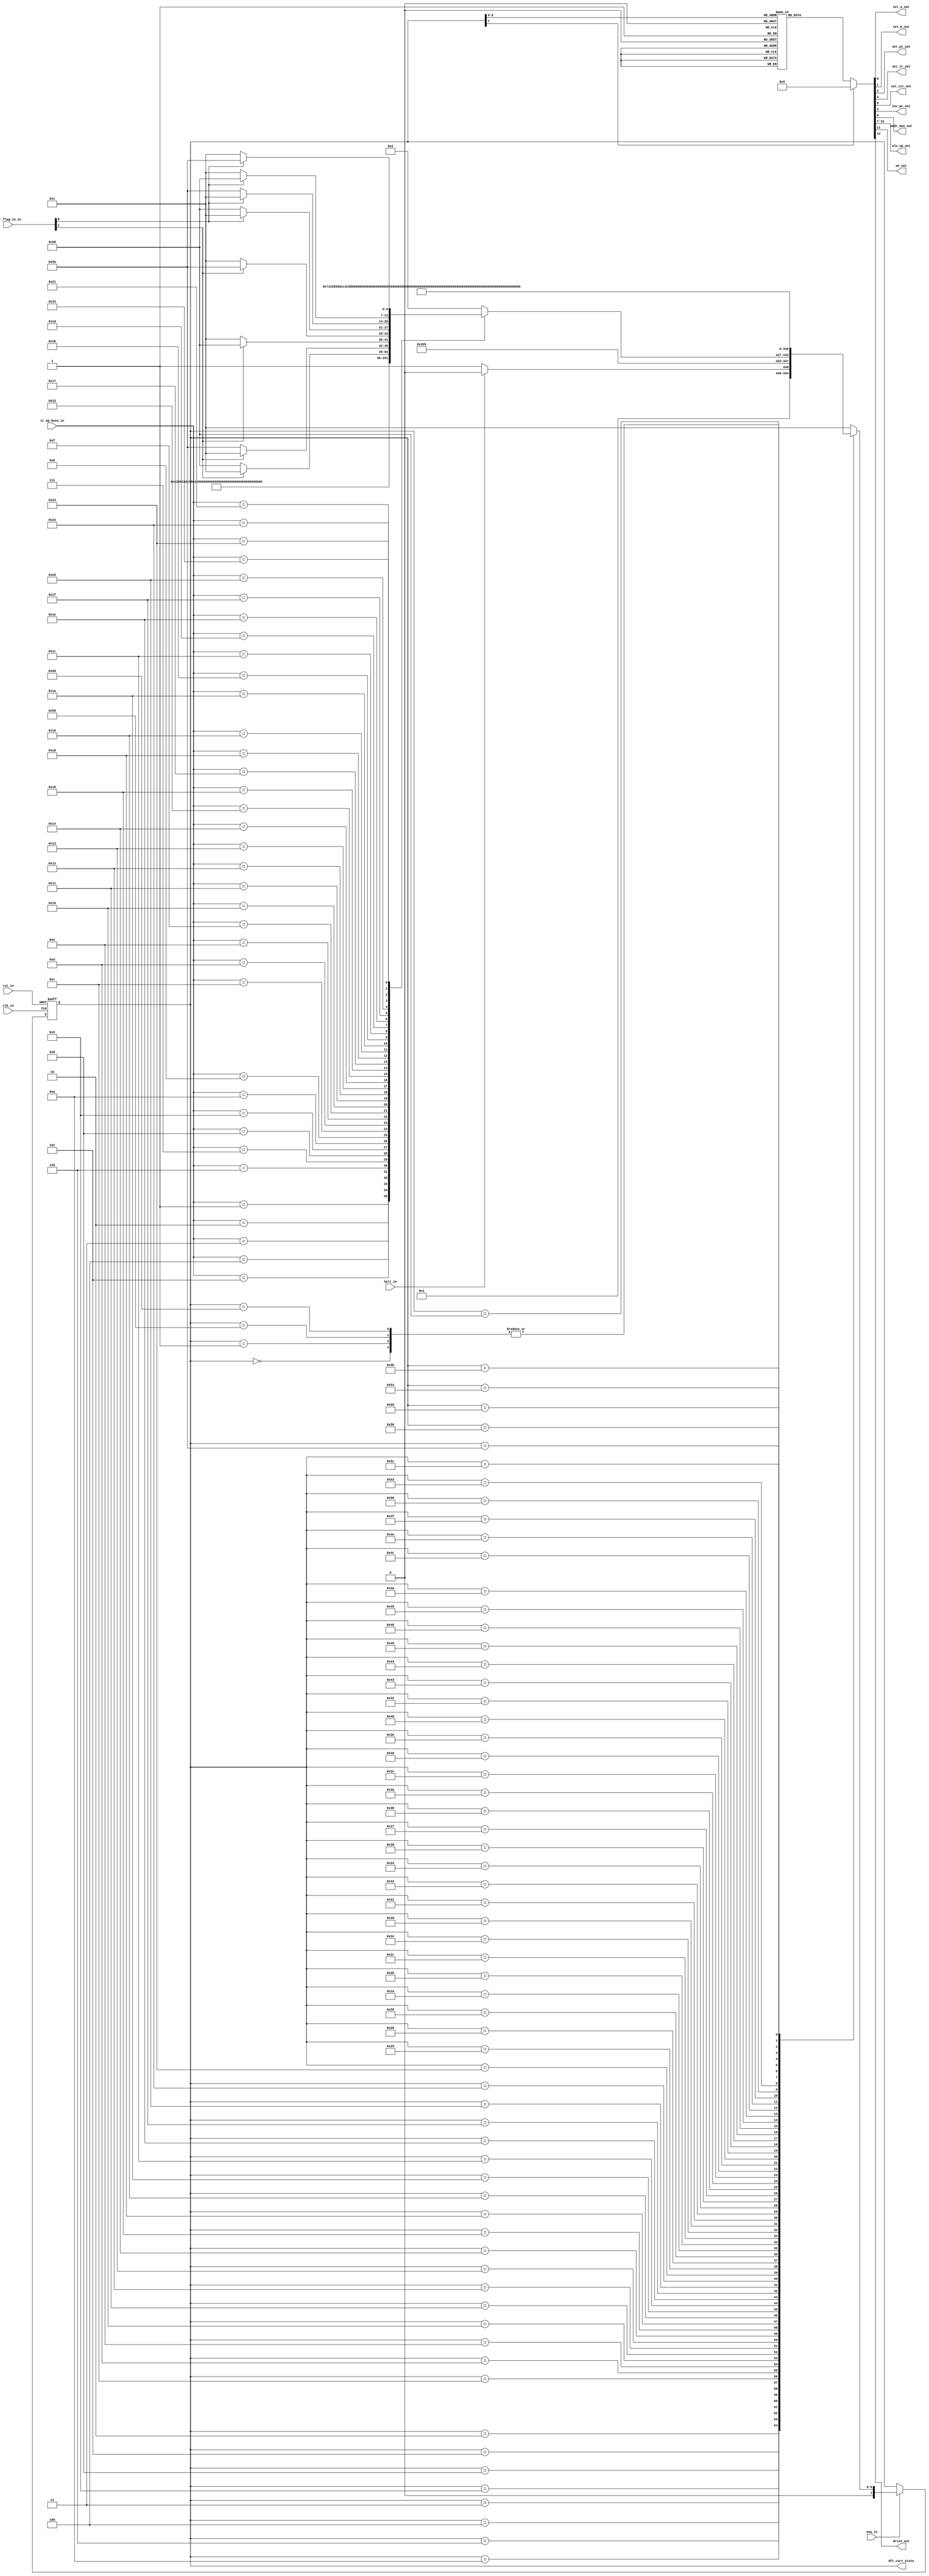
/*
 * Copyright (c) 2024 Zachary Frazee
 * SPDX-License-Identifier: Apache-2.0
 */

//---------------------------------
//Control Unit
//---------------------------------
module minibyte_cu(
    //Basic Inputs
    input  wire       clk_in, ena_in, rst_in,
    input  wire       halt_in,

    //IR Input
    input  wire [7:0] ir_op_buss_in,

    //ALU Flags Input
    input  wire [1:0] ccr_flag_zn_in,

    //Control signal outputs
    output reg        set_a_out,
    output reg        set_m_out,
    output reg        set_pc_out,
    output reg        set_ir_out,
    output reg        set_ccr_out,
    output reg        inc_pc_out,

    //Addr select signals
    output reg        addr_mux_out,

    //Alu control signals
    output reg [3:0]  alu_op_out,

    //Write to memory
    output reg        we_out,

    //Drive enable on data bus
    output reg        drive_out,

    //DFT Output
    output reg  [7:0] dft_curr_state
);

    //State machine memory
    //--------------------------
    reg [7:0] curr_state, next_state;

    //CPU IR opcodes
    //--------------------------
    parameter IR_NOP     = 8'h00;
    parameter IR_LDA_IMM = 8'h01;
    parameter IR_LDA_DIR = 8'h02;
    parameter IR_STA_DIR = 8'h03;
    parameter IR_STA_IND = 8'h04;
    parameter IR_ADD_IMM = 8'h05;
    parameter IR_ADD_DIR = 8'h06;
    parameter IR_SUB_IMM = 8'h07;
    parameter IR_SUB_DIR = 8'h08;
    parameter IR_AND_IMM = 8'h09;
    parameter IR_AND_DIR = 8'h0A;
    parameter IR_OR_IMM  = 8'h0B;
    parameter IR_OR_DIR  = 8'h0C;
    parameter IR_XOR_IMM = 8'h0D;
    parameter IR_XOR_DIR = 8'h0E;
    parameter IR_LSL_IMM = 8'h0F;
    parameter IR_LSL_DIR = 8'h10;
    parameter IR_LSR_IMM = 8'h11;
    parameter IR_LSR_DIR = 8'h12;
    parameter IR_ASL_IMM = 8'h13;
    parameter IR_ASL_DIR = 8'h14;
    parameter IR_ASR_IMM = 8'h15;
    parameter IR_ASR_DIR = 8'h16;
    parameter IR_RSL_IMM = 8'h17;
    parameter IR_RSL_DIR = 8'h18;
    parameter IR_RSR_IMM = 8'h19;
    parameter IR_RSR_DIR = 8'h1A;
    parameter IR_JMP_DIR = 8'h1B;
    parameter IR_JMP_IND = 8'h1C;
    parameter IR_BNE_DIR = 8'h1D;
    parameter IR_BNE_IND = 8'h1E;
    parameter IR_BEQ_DIR = 8'h1F;
    parameter IR_BEQ_IND = 8'h20;
    parameter IR_BPL_DIR = 8'h21;
    parameter IR_BPL_IND = 8'h22;
    parameter IR_BMI_DIR = 8'h23;
    parameter IR_BMI_IND = 8'h24;

    //State machine opcodes
    //--------------------------
    parameter S_RESET_0   = 8'h00;
    parameter S_PC_INC_0  = 8'h01;
    parameter S_FETCH_0   = 8'h02;
    parameter S_FETCH_1   = 8'h03;
    parameter S_FETCH_2   = 8'h04;
    parameter S_DECODE_0  = 8'h05;
    parameter S_LDA_IMM_0 = 8'h06;
    parameter S_LDA_IMM_1 = 8'h07;
    parameter S_LDA_DIR_0 = 8'h08;
    parameter S_LDA_DIR_1 = 8'h09;
    parameter S_LDA_DIR_2 = 8'h0A;
    parameter S_LDA_DIR_3 = 8'h0B;
    parameter S_STA_DIR_0 = 8'h0C;
    parameter S_STA_DIR_1 = 8'h0D;
    parameter S_STA_DIR_2 = 8'h0E;
    parameter S_STA_DIR_3 = 8'h0F;
    parameter S_STA_IND_0 = 8'h10;
    parameter S_STA_IND_1 = 8'h11;
    parameter S_STA_IND_2 = 8'h12;
    parameter S_STA_IND_3 = 8'h13;
    parameter S_STA_IND_4 = 8'h14;
    parameter S_STA_IND_5 = 8'h15;
    parameter S_ADD_IMM_0 = 8'h16;
    parameter S_ADD_IMM_1 = 8'h17;
    parameter S_ADD_DIR_0 = 8'h18;
    parameter S_ADD_DIR_1 = 8'h19;
    parameter S_ADD_DIR_2 = 8'h1A;
    parameter S_ADD_DIR_3 = 8'h1B;
    parameter S_SUB_IMM_0 = 8'h1C;
    parameter S_SUB_IMM_1 = 8'h1D;
    parameter S_SUB_DIR_0 = 8'h1E;
    parameter S_SUB_DIR_1 = 8'h1F;
    parameter S_SUB_DIR_2 = 8'h20;
    parameter S_SUB_DIR_3 = 8'h21;
    parameter S_AND_IMM_0 = 8'h22;
    parameter S_AND_IMM_1 = 8'h23;
    parameter S_AND_DIR_0 = 8'h24;
    parameter S_AND_DIR_1 = 8'h25;
    parameter S_AND_DIR_2 = 8'h26;
    parameter S_AND_DIR_3 = 8'h27;
    parameter S_OR_IMM_0  = 8'h28;
    parameter S_OR_IMM_1  = 8'h29;
    parameter S_OR_DIR_0  = 8'h2A;
    parameter S_OR_DIR_1  = 8'h2B;
    parameter S_OR_DIR_2  = 8'h2C;
    parameter S_OR_DIR_3  = 8'h2D;
    parameter S_XOR_IMM_0 = 8'h2E;
    parameter S_XOR_IMM_1 = 8'h2F;
    parameter S_XOR_DIR_0 = 8'h30;
    parameter S_XOR_DIR_1 = 8'h31;
    parameter S_XOR_DIR_2 = 8'h32;
    parameter S_XOR_DIR_3 = 8'h33;
    parameter S_LSL_IMM_0 = 8'h34;
    parameter S_LSL_IMM_1 = 8'h35;
    parameter S_LSL_DIR_0 = 8'h36;
    parameter S_LSL_DIR_1 = 8'h37;
    parameter S_LSL_DIR_2 = 8'h38;
    parameter S_LSL_DIR_3 = 8'h39;
    parameter S_LSR_IMM_0 = 8'h3A;
    parameter S_LSR_IMM_1 = 8'h3B;
    parameter S_LSR_DIR_0 = 8'h3C;
    parameter S_LSR_DIR_1 = 8'h3D;
    parameter S_LSR_DIR_2 = 8'h3E;
    parameter S_LSR_DIR_3 = 8'h3F;
    parameter S_ASL_IMM_0 = 8'h40;
    parameter S_ASL_IMM_1 = 8'h41;
    parameter S_ASL_DIR_0 = 8'h42;
    parameter S_ASL_DIR_1 = 8'h43;
    parameter S_ASL_DIR_2 = 8'h44;
    parameter S_ASL_DIR_3 = 8'h45;
    parameter S_ASR_IMM_0 = 8'h46;
    parameter S_ASR_IMM_1 = 8'h47;
    parameter S_ASR_DIR_0 = 8'h48;
    parameter S_ASR_DIR_1 = 8'h49;
    parameter S_ASR_DIR_2 = 8'h4A;
    parameter S_ASR_DIR_3 = 8'h4B;
    parameter S_RSL_IMM_0 = 8'h4C;
    parameter S_RSL_IMM_1 = 8'h4D;
    parameter S_RSL_DIR_0 = 8'h4E;
    parameter S_RSL_DIR_1 = 8'h4F;
    parameter S_RSL_DIR_2 = 8'h50;
    parameter S_RSL_DIR_3 = 8'h51;
    parameter S_RSR_IMM_0 = 8'h52;
    parameter S_RSR_IMM_1 = 8'h53;
    parameter S_RSR_DIR_0 = 8'h54;
    parameter S_RSR_DIR_1 = 8'h55;
    parameter S_RSR_DIR_2 = 8'h56;
    parameter S_RSR_DIR_3 = 8'h57;
    parameter S_JMP_DIR_0 = 8'h58;
    parameter S_JMP_DIR_1 = 8'h59;
    parameter S_JMP_IND_0 = 8'h5A;
    parameter S_JMP_IND_1 = 8'h5B;
    parameter S_JMP_IND_2 = 8'h5C;
    parameter S_JMP_IND_3 = 8'h5D;

    //--------------------------
    //ALU OPS
    //--------------------------
    parameter OP_ALU_PASSA = 4'b0000;
    parameter OP_ALU_PASSB = 4'b0001;
    parameter OP_ALU_ADD   = 4'b0010;
    parameter OP_ALU_SUB   = 4'b0011;
    parameter OP_ALU_AND   = 4'b0100;
    parameter OP_ALU_OR    = 4'b0101;
    parameter OP_ALU_XOR   = 4'b0110;
    parameter OP_ALU_LSL   = 4'b0111;
    parameter OP_ALU_LSR   = 4'b1000;
    parameter OP_ALU_ASL   = 4'b1001;
    parameter OP_ALU_ASR   = 4'b1010;
    parameter OP_ALU_RSL   = 4'b1011;
    parameter OP_ALU_RSR   = 4'b1100;

    //State memory block
    //--------------------------
    always @ (posedge clk_in or negedge rst_in) begin
        //Reset to S_RESET_0 on reset
        if(!rst_in)
            curr_state <= S_RESET_0;

        //Dont move states if enable is low
        else if(!ena_in)
            curr_state <= curr_state;

        //Otherwise go to next state on every clk
        else
            curr_state <= next_state;
    end


    //Output logic
    //--------------------------
    always @ (curr_state) begin
        case(curr_state)

            //Reset sequence
            //-----

            //Do nothing until the next state
            S_RESET_0: begin
                //Dont set or inc any registers
                set_a_out    = 0;
                set_m_out    = 0;
                set_pc_out   = 0;
                inc_pc_out   = 0;
                set_ir_out   = 0;
                set_ccr_out  = 0;

                //PC selected
                addr_mux_out = 0;

                //ALU dont care
                alu_op_out   = 0;

                //Dont write or drive
                we_out       = 0;
                drive_out    = 0;
            end

            //PC Increment
            //-----

            //Increment PC
            S_PC_INC_0: begin
                //Increment program counter
                set_a_out    = 0;
                set_m_out    = 0;
                set_pc_out   = 0;
                inc_pc_out   = 1;
                set_ir_out   = 0;
                set_ccr_out  = 0;

                //PC selected
                addr_mux_out = 0;

                //ALU dont care
                alu_op_out   = 0;

                //Dont write or drive
                we_out       = 0;
                drive_out    = 0;
            end

            //Fetch sequence
            //-----

            //Send PC addr out
            S_FETCH_0: begin
                //Dont set or inc any registers
                set_a_out    = 0;
                set_m_out    = 0;
                set_pc_out   = 0;
                inc_pc_out   = 0;
                set_ir_out   = 0;
                set_ccr_out  = 0;

                //PC selected
                addr_mux_out = 0;

                //B (mem input) passthrough to main bus
                alu_op_out   = OP_ALU_PASSB;

                //Dont write or drive
                we_out       = 0;
                drive_out    = 0;
            end

            //Load IR from memory
            S_FETCH_1: begin
                //Set IR Reg
                set_a_out    = 0;
                set_m_out    = 0;
                set_pc_out   = 0;
                inc_pc_out   = 0;
                set_ir_out   = 1;
                set_ccr_out  = 0;

                //PC selected
                addr_mux_out = 0;

                //B (mem input) passthrough to main bus
                alu_op_out   = OP_ALU_PASSB;

                //Dont write or drive
                we_out       = 0;
                drive_out    = 0;
            end

            //Inc PC now that IR is loaded
            S_FETCH_2: begin
                //Inc PC
                set_a_out    = 0;
                set_m_out    = 0;
                set_pc_out   = 0;
                inc_pc_out   = 1;
                set_ir_out   = 0;
                set_ccr_out  = 0;

                //PC selected
                addr_mux_out = 0;

                //B (mem input) passthrough to main bus
                alu_op_out   = OP_ALU_PASSB;

                //Dont write or drive
                we_out       = 0;
                drive_out    = 0;
            end

            //Decode sequence
            //-----

            //Do nothing until the next state
            S_DECODE_0: begin
                //Dont set or inc any registers
                set_a_out    = 0;
                set_m_out    = 0;
                set_pc_out   = 0;
                inc_pc_out   = 0;
                set_ir_out   = 0;
                set_ccr_out  = 0;

                //PC selected
                addr_mux_out = 0;

                //ALU dont care
                alu_op_out   = 0;

                //Dont write or drive
                we_out       = 0;
                drive_out    = 0;
            end

            //LDA_IMM sequence
            //-----

            //Pass incoming data from memory to the main buss
            S_LDA_IMM_0: begin
                //Dont set or inc any registers
                set_a_out    = 0;
                set_m_out    = 0;
                set_pc_out   = 0;
                inc_pc_out   = 0;
                set_ir_out   = 0;
                set_ccr_out  = 0;

                //PC selected
                addr_mux_out = 0;

                //B (mem input) passthrough to main bus
                alu_op_out   = OP_ALU_PASSB;

                //Dont write or drive
                we_out       = 0;
                drive_out    = 0;
            end

            //Latch data to A
            S_LDA_IMM_1: begin
                //Latch A
                set_a_out    = 1;
                set_m_out    = 0;
                set_pc_out   = 0;
                inc_pc_out   = 0;
                set_ir_out   = 0;
                set_ccr_out  = 0;

                //PC selected
                addr_mux_out = 0;

                //B (mem input) passthrough to main bus
                alu_op_out   = OP_ALU_PASSB;

                //Dont write or drive
                we_out       = 0;
                drive_out    = 0;
            end

            //LDA_DIR sequence
            //-----

            //Pass incoming data from memory to the main buss
            S_LDA_DIR_0: begin
                //Dont set or inc any registers
                set_a_out    = 0;
                set_m_out    = 0;
                set_pc_out   = 0;
                inc_pc_out   = 0;
                set_ir_out   = 0;
                set_ccr_out  = 0;

                //PC selected
                addr_mux_out = 0;

                //B (mem input) passthrough to main bus
                alu_op_out   = OP_ALU_PASSB;

                //Dont write or drive
                we_out       = 0;
                drive_out    = 0;
            end

            //Latch data to M
            S_LDA_DIR_1: begin
                //Latch M
                set_a_out    = 0;
                set_m_out    = 1;
                set_pc_out   = 0;
                inc_pc_out   = 0;
                set_ir_out   = 0;
                set_ccr_out  = 0;

                //PC selected
                addr_mux_out = 0;

                //B (mem input) passthrough to main bus
                alu_op_out   = OP_ALU_PASSB;

                //Dont write or drive
                we_out       = 0;
                drive_out    = 0;
            end

            //Set addr out to M
            S_LDA_DIR_2: begin
                //Dont set or inc any registers
                set_a_out    = 0;
                set_m_out    = 0;
                set_pc_out   = 0;
                inc_pc_out   = 0;
                set_ir_out   = 0;
                set_ccr_out  = 0;

                //M selected
                addr_mux_out = 1;

                //B (mem input) passthrough to main bus
                alu_op_out   = OP_ALU_PASSB;

                //Dont write or drive
                we_out       = 0;
                drive_out    = 0;
            end

            //Latch data to A
            S_LDA_DIR_3: begin
                //Latch A
                set_a_out    = 1;
                set_m_out    = 0;
                set_pc_out   = 0;
                inc_pc_out   = 0;
                set_ir_out   = 0;
                set_ccr_out  = 0;

                //M selected
                addr_mux_out = 1;

                //B (mem input) passthrough to main bus
                alu_op_out   = OP_ALU_PASSB;

                //Dont write or drive
                we_out       = 0;
                drive_out    = 0;
            end

            //STA_DIR sequence
            //-----

            //Pass incoming data from memory to the main buss
            S_STA_DIR_0: begin
                //Dont set or inc any registers
                set_a_out    = 0;
                set_m_out    = 0;
                set_pc_out   = 0;
                inc_pc_out   = 0;
                set_ir_out   = 0;
                set_ccr_out  = 0;

                //PC selected
                addr_mux_out = 0;

                //B (mem input) passthrough to main bus
                alu_op_out   = OP_ALU_PASSB;

                //Dont write or drive
                we_out       = 0;
                drive_out    = 0;
            end

            //Latch data to M
            S_STA_DIR_1: begin
                //Latch M
                set_a_out    = 0;
                set_m_out    = 1;
                set_pc_out   = 0;
                inc_pc_out   = 0;
                set_ir_out   = 0;
                set_ccr_out  = 0;

                //PC selected
                addr_mux_out = 0;

                //B (mem input) passthrough to main bus
                alu_op_out   = OP_ALU_PASSB;

                //Dont write or drive
                we_out       = 0;
                drive_out    = 0;
            end

            //Set address and WE, also prepare A data on the main buss
            S_STA_DIR_2: begin
                //Dont set or inc any registers
                set_a_out    = 0;
                set_m_out    = 0;
                set_pc_out   = 0;
                inc_pc_out   = 0;
                set_ir_out   = 0;
                set_ccr_out  = 0;

                //M selected
                addr_mux_out = 1;

                //A (A input) passthrough to main bus
                alu_op_out   = OP_ALU_PASSA;

                //Set WE so that the receiving device is ready for us to drive data
                we_out       = 1;
                drive_out    = 0;
            end

            //Drive the data out
            S_STA_DIR_3: begin
                //Dont set or inc any registers
                set_a_out    = 0;
                set_m_out    = 0;
                set_pc_out   = 0;
                inc_pc_out   = 0;
                set_ir_out   = 0;
                set_ccr_out  = 0;

                //M selected
                addr_mux_out = 1;

                //A (A input) passthrough to main bus
                alu_op_out   = OP_ALU_PASSA;

                //Drive out A data
                we_out       = 1;
                drive_out    = 1;
            end

            //STA_IND sequence
            //-----

            //Pass incoming data from memory to the main buss
            S_STA_IND_0: begin
                //Dont set or inc any registers
                set_a_out    = 0;
                set_m_out    = 0;
                set_pc_out   = 0;
                inc_pc_out   = 0;
                set_ir_out   = 0;
                set_ccr_out  = 0;

                //PC selected
                addr_mux_out = 0;

                //B (mem input) passthrough to main bus
                alu_op_out   = OP_ALU_PASSB;

                //Dont write or drive
                we_out       = 0;
                drive_out    = 0;
            end

            //Latch data to M
            S_STA_IND_1: begin
                //Latch M
                set_a_out    = 0;
                set_m_out    = 1;
                set_pc_out   = 0;
                inc_pc_out   = 0;
                set_ir_out   = 0;
                set_ccr_out  = 0;

                //PC selected
                addr_mux_out = 0;

                //B (mem input) passthrough to main bus
                alu_op_out   = OP_ALU_PASSB;

                //Dont write or drive
                we_out       = 0;
                drive_out    = 0;
            end


            //Fetch data located at this address
            S_STA_IND_2: begin
                //Latch M
                set_a_out    = 0;
                set_m_out    = 0;
                set_pc_out   = 0;
                inc_pc_out   = 0;
                set_ir_out   = 0;
                set_ccr_out  = 0;

                //M selected
                addr_mux_out = 1;

                //B (mem input) passthrough to main bus
                alu_op_out   = OP_ALU_PASSB;

                //Dont write or drive
                we_out       = 0;
                drive_out    = 0;
            end

            //Latch data to M
            S_STA_IND_3: begin
                //Latch M
                set_a_out    = 0;
                set_m_out    = 1;
                set_pc_out   = 0;
                inc_pc_out   = 0;
                set_ir_out   = 0;
                set_ccr_out  = 0;

                //M selected
                addr_mux_out = 1;

                //B (mem input) passthrough to main bus
                alu_op_out   = OP_ALU_PASSB;

                //Dont write or drive
                we_out       = 0;
                drive_out    = 0;
            end

            //Set address and WE, also prepare A data on the main buss
            S_STA_IND_4: begin
                //Dont set or inc any registers
                set_a_out    = 0;
                set_m_out    = 0;
                set_pc_out   = 0;
                inc_pc_out   = 0;
                set_ir_out   = 0;
                set_ccr_out  = 0;

                //M selected
                addr_mux_out = 1;

                //A (A input) passthrough to main bus
                alu_op_out   = OP_ALU_PASSA;

                //Set WE so that the receiving device is ready for us to drive data
                we_out       = 1;
                drive_out    = 0;
            end

            //Drive the data out
            S_STA_IND_5: begin
                //Dont set or inc any registers
                set_a_out    = 0;
                set_m_out    = 0;
                set_pc_out   = 0;
                inc_pc_out   = 0;
                set_ir_out   = 0;
                set_ccr_out  = 0;

                //M selected
                addr_mux_out = 1;

                //A (A input) passthrough to main bus
                alu_op_out   = OP_ALU_PASSA;

                //Drive out A data
                we_out       = 1;
                drive_out    = 1;
            end

            //ADD_IMM sequence
            //-----

            //Add the incoming data from the operand that the PC is pointing to
            S_ADD_IMM_0: begin
                //Dont set or inc any registers
                set_a_out    = 0;
                set_m_out    = 0;
                set_pc_out   = 0;
                inc_pc_out   = 0;
                set_ir_out   = 0;
                set_ccr_out  = 0;

                //PC selected
                addr_mux_out = 0;

                //ALU->Addition
                alu_op_out   = OP_ALU_ADD;

                //Dont write or drive
                we_out       = 0;
                drive_out    = 0;
            end

            //Latch data to A/CCR
            S_ADD_IMM_1: begin
                //Latch A and CCR
                set_a_out    = 1;
                set_m_out    = 0;
                set_pc_out   = 0;
                inc_pc_out   = 0;
                set_ir_out   = 0;
                set_ccr_out  = 1;

                //PC selected
                addr_mux_out = 0;

                //ALU->Addition
                alu_op_out   = OP_ALU_ADD;

                //Dont write or drive
                we_out       = 0;
                drive_out    = 0;
            end

            //ADD_DIR sequence
            //-----

            //Pass incoming data from memory to the main buss
            S_ADD_DIR_0: begin
                //Dont set or inc any registers
                set_a_out    = 0;
                set_m_out    = 0;
                set_pc_out   = 0;
                inc_pc_out   = 0;
                set_ir_out   = 0;
                set_ccr_out  = 0;

                //PC selected
                addr_mux_out = 0;

                //B (mem input) passthrough to main bus
                alu_op_out   = OP_ALU_PASSB;

                //Dont write
                we_out       = 0;
                drive_out    = 0;
            end

            //Latch data to M
            S_ADD_DIR_1: begin
                //Latch M
                set_a_out    = 0;
                set_m_out    = 1;
                set_pc_out   = 0;
                inc_pc_out   = 0;
                set_ir_out   = 0;
                set_ccr_out  = 0;

                //PC selected
                addr_mux_out = 0;

                //B (mem input) passthrough to main bus
                alu_op_out   = OP_ALU_PASSB;

                //Dont write or drive
                we_out       = 0;
                drive_out    = 0;
            end

            //Set addr out to M and prep to add incoming data
            S_ADD_DIR_2: begin
                //Dont set or inc any registers
                set_a_out    = 0;
                set_m_out    = 0;
                set_pc_out   = 0;
                inc_pc_out   = 0;
                set_ir_out   = 0;
                set_ccr_out  = 0;

                //M selected
                addr_mux_out = 1;

                //ALU->Addition
                alu_op_out   = OP_ALU_ADD;

                //Dont write or drive
                we_out       = 0;
                drive_out    = 0;
            end

            //Latch data to A/CCR
            S_ADD_DIR_3: begin
                //Latch A and CCR
                set_a_out    = 1;
                set_m_out    = 0;
                set_pc_out   = 0;
                inc_pc_out   = 0;
                set_ir_out   = 0;
                set_ccr_out  = 1;

                //M selected
                addr_mux_out = 1;

                //ALU->Addition
                alu_op_out   = OP_ALU_ADD;

                //Dont write or drive
                we_out       = 0;
                drive_out    = 0;
            end

            //SUB_IMM sequence
            //-----

            //Subtract the incoming data from the operand that the PC is pointing to
            S_SUB_IMM_0: begin
                //Dont set or inc any registers
                set_a_out    = 0;
                set_m_out    = 0;
                set_pc_out   = 0;
                inc_pc_out   = 0;
                set_ir_out   = 0;
                set_ccr_out  = 0;

                //PC selected
                addr_mux_out = 0;

                //ALU->Subtraction
                alu_op_out   = OP_ALU_SUB;

                //Dont write or drive
                we_out       = 0;
                drive_out    = 0;
            end

            //Latch data to A/CCR
            S_SUB_IMM_1: begin
                //Latch A and CCR
                set_a_out    = 1;
                set_m_out    = 0;
                set_pc_out   = 0;
                inc_pc_out   = 0;
                set_ir_out   = 0;
                set_ccr_out  = 1;

                //PC selected
                addr_mux_out = 0;

                //ALU->Subtraction
                alu_op_out   = OP_ALU_SUB;

                //Dont write or drive
                we_out       = 0;
                drive_out    = 0;
            end

            //SUB_DIR sequence
            //-----

            //Pass incoming data from memory to the main buss
            S_SUB_DIR_0: begin
                //Dont set or inc any registers
                set_a_out    = 0;
                set_m_out    = 0;
                set_pc_out   = 0;
                inc_pc_out   = 0;
                set_ir_out   = 0;
                set_ccr_out  = 0;

                //PC selected
                addr_mux_out = 0;

                //B (mem input) passthrough to main bus
                alu_op_out   = OP_ALU_PASSB;

                //Dont write or drive
                we_out       = 0;
                drive_out    = 0;
            end

            //Latch data to M
            S_SUB_DIR_1: begin
                //Latch M
                set_a_out    = 0;
                set_m_out    = 1;
                set_pc_out   = 0;
                inc_pc_out   = 0;
                set_ir_out   = 0;
                set_ccr_out  = 0;

                //PC selected
                addr_mux_out = 0;

                //B (mem input) passthrough to main bus
                alu_op_out   = OP_ALU_PASSB;

                //Dont write or drive
                we_out       = 0;
                drive_out    = 0;
            end

            //Set addr out to M and prep to subtract incoming data
            S_SUB_DIR_2: begin
                //Dont set or inc any registers
                set_a_out    = 0;
                set_m_out    = 0;
                set_pc_out   = 0;
                inc_pc_out   = 0;
                set_ir_out   = 0;
                set_ccr_out  = 0;

                //M selected
                addr_mux_out = 1;

                //ALU->Subtraction
                alu_op_out   = OP_ALU_SUB;

                //Dont write or drive
                we_out       = 0;
                drive_out    = 0;
            end

            //Latch data to A/CCR
            S_SUB_DIR_3: begin
                //Latch A and CCR
                set_a_out    = 1;
                set_m_out    = 0;
                set_pc_out   = 0;
                inc_pc_out   = 0;
                set_ir_out   = 0;
                set_ccr_out  = 1;

                //M selected
                addr_mux_out = 1;

                //ALU->Subtraction
                alu_op_out   = OP_ALU_SUB;

                //Dont write or drive
                we_out       = 0;
                drive_out    = 0;
            end

            //AND_IMM sequence
            //-----

            //And the incoming data from the operand that the PC is pointing to
            S_AND_IMM_0: begin
                //Dont set or inc any registers
                set_a_out    = 0;
                set_m_out    = 0;
                set_pc_out   = 0;
                inc_pc_out   = 0;
                set_ir_out   = 0;
                set_ccr_out  = 0;

                //PC selected
                addr_mux_out = 0;

                //ALU->Logical AND
                alu_op_out   = OP_ALU_AND;

                //Dont write or drive
                we_out       = 0;
                drive_out    = 0;
            end

            //Latch data to A/CCR
            S_AND_IMM_1: begin
                //Latch A and CCR
                set_a_out    = 1;
                set_m_out    = 0;
                set_pc_out   = 0;
                inc_pc_out   = 0;
                set_ir_out   = 0;
                set_ccr_out  = 1;

                //PC selected
                addr_mux_out = 0;

                //ALU->Logical AND
                alu_op_out   = OP_ALU_AND;

                //Dont write or drive
                we_out       = 0;
                drive_out    = 0;
            end

            //AND_DIR sequence
            //-----

            //Pass incoming data from memory to the main buss
            S_AND_DIR_0: begin
                //Dont set or inc any registers
                set_a_out    = 0;
                set_m_out    = 0;
                set_pc_out   = 0;
                inc_pc_out   = 0;
                set_ir_out   = 0;
                set_ccr_out  = 0;

                //PC selected
                addr_mux_out = 0;

                //B (mem input) passthrough to main bus
                alu_op_out   = OP_ALU_PASSB;

                //Dont write or drive
                we_out       = 0;
                drive_out    = 0;
            end

            //Latch data to M
            S_AND_DIR_1: begin
                //Latch M
                set_a_out    = 0;
                set_m_out    = 1;
                set_pc_out   = 0;
                inc_pc_out   = 0;
                set_ir_out   = 0;
                set_ccr_out  = 0;

                //PC selected
                addr_mux_out = 0;

                //B (mem input) passthrough to main bus
                alu_op_out   = OP_ALU_PASSB;

                //Dont write or drive
                we_out       = 0;
                drive_out    = 0;
            end

            //Set addr out to M and prep to AND incoming data
            S_AND_DIR_2: begin
                //Dont set or inc any registers
                set_a_out    = 0;
                set_m_out    = 0;
                set_pc_out   = 0;
                inc_pc_out   = 0;
                set_ir_out   = 0;
                set_ccr_out  = 0;

                //M selected
                addr_mux_out = 1;

                //ALU->Logical AND
                alu_op_out   = OP_ALU_AND;

                //Dont write or drive
                we_out       = 0;
                drive_out    = 0;
            end

            //Latch data to A/CCR
            S_AND_DIR_3: begin
                //Latch A and CCR
                set_a_out    = 1;
                set_m_out    = 0;
                set_pc_out   = 0;
                inc_pc_out   = 0;
                set_ir_out   = 0;
                set_ccr_out  = 1;

                //M selected
                addr_mux_out = 1;

                //ALU->Logical AND
                alu_op_out   = OP_ALU_AND;

                //Dont write or drive
                we_out       = 0;
                drive_out    = 0;
            end

            //OR_IMM sequence
            //-----

            //And the incoming data from the operand that the PC is pointing to
            S_OR_IMM_0: begin
                //Dont set or inc any registers
                set_a_out    = 0;
                set_m_out    = 0;
                set_pc_out   = 0;
                inc_pc_out   = 0;
                set_ir_out   = 0;
                set_ccr_out  = 0;

                //PC selected
                addr_mux_out = 0;

                //ALU->Logical OR
                alu_op_out   = OP_ALU_OR;

                //Dont write or drive
                we_out       = 0;
                drive_out    = 0;
            end

            //Latch data to A/CCR
            S_OR_IMM_1: begin
                //Latch A and CCR
                set_a_out    = 1;
                set_m_out    = 0;
                set_pc_out   = 0;
                inc_pc_out   = 0;
                set_ir_out   = 0;
                set_ccr_out  = 1;

                //PC selected
                addr_mux_out = 0;

                //ALU->Logical OR
                alu_op_out   = OP_ALU_OR;

                //Dont write or drive
                we_out       = 0;
                drive_out    = 0;
            end

            //OR_DIR sequence
            //-----

            //Pass incoming data from memory to the main buss
            S_OR_DIR_0: begin
                //Dont set or inc any registers
                set_a_out    = 0;
                set_m_out    = 0;
                set_pc_out   = 0;
                inc_pc_out   = 0;
                set_ir_out   = 0;
                set_ccr_out  = 0;

                //PC selected
                addr_mux_out = 0;

                //B (mem input) passthrough to main bus
                alu_op_out   = OP_ALU_PASSB;

                //Dont write or drive
                we_out       = 0;
                drive_out    = 0;
            end

            //Latch data to M
            S_OR_DIR_1: begin
                //Latch M
                set_a_out    = 0;
                set_m_out    = 1;
                set_pc_out   = 0;
                inc_pc_out   = 0;
                set_ir_out   = 0;
                set_ccr_out  = 0;

                //PC selected
                addr_mux_out = 0;

                //B (mem input) passthrough to main bus
                alu_op_out   = OP_ALU_PASSB;

                //Dont write or drive
                we_out       = 0;
                drive_out    = 0;
            end

            //Set addr out to M and prep to OR incoming data
            S_OR_DIR_2: begin
                //Dont set or inc any registers
                set_a_out    = 0;
                set_m_out    = 0;
                set_pc_out   = 0;
                inc_pc_out   = 0;
                set_ir_out   = 0;
                set_ccr_out  = 0;

                //M selected
                addr_mux_out = 1;

                //ALU->Logical OR
                alu_op_out   = OP_ALU_OR;

                //Dont write or drive
                we_out       = 0;
                drive_out    = 0;
            end

            //Latch data to A/CCR
            S_OR_DIR_3: begin
                //Latch A and CCR
                set_a_out    = 1;
                set_m_out    = 0;
                set_pc_out   = 0;
                inc_pc_out   = 0;
                set_ir_out   = 0;
                set_ccr_out  = 1;

                //M selected
                addr_mux_out = 1;

                //ALU->Logical OR
                alu_op_out   = OP_ALU_OR;

                //Dont write or drive
                we_out       = 0;
                drive_out    = 0;
            end

            //XOR_IMM sequence
            //-----

            //And the incoming data from the operand that the PC is pointing to
            S_XOR_IMM_0: begin
                //Dont set or inc any registers
                set_a_out    = 0;
                set_m_out    = 0;
                set_pc_out   = 0;
                inc_pc_out   = 0;
                set_ir_out   = 0;
                set_ccr_out  = 0;

                //PC selected
                addr_mux_out = 0;

                //ALU->Logical XOR
                alu_op_out   = OP_ALU_XOR;

                //Dont write or drive
                we_out       = 0;
                drive_out    = 0;
            end

            //Latch data to A/CCR
            S_XOR_IMM_1: begin
                //Latch A and CCR
                set_a_out    = 1;
                set_m_out    = 0;
                set_pc_out   = 0;
                inc_pc_out   = 0;
                set_ir_out   = 0;
                set_ccr_out  = 1;

                //PC selected
                addr_mux_out = 0;

                //ALU->Logical XOR
                alu_op_out   = OP_ALU_XOR;

                //Dont write or drive
                we_out       = 0;
                drive_out    = 0;
            end

            //XOR_DIR sequence
            //-----

            //Pass incoming data from memory to the main buss
            S_XOR_DIR_0: begin
                //Dont set or inc any registers
                set_a_out    = 0;
                set_m_out    = 0;
                set_pc_out   = 0;
                inc_pc_out   = 0;
                set_ir_out   = 0;
                set_ccr_out  = 0;

                //PC selected
                addr_mux_out = 0;

                //B (mem input) passthrough to main bus
                alu_op_out   = OP_ALU_PASSB;

                //Dont write or drive
                we_out       = 0;
                drive_out    = 0;
            end

            //Latch data to M
            S_XOR_DIR_1: begin
                //Latch M
                set_a_out    = 0;
                set_m_out    = 1;
                set_pc_out   = 0;
                inc_pc_out   = 0;
                set_ir_out   = 0;
                set_ccr_out  = 0;

                //PC selected
                addr_mux_out = 0;

                //B (mem input) passthrough to main bus
                alu_op_out   = OP_ALU_PASSB;

                //Dont write or drive
                we_out       = 0;
                drive_out    = 0;
            end

            //Set addr out to M and prep to XOR incoming data
            S_XOR_DIR_2: begin
                //Dont set or inc any registers
                set_a_out    = 0;
                set_m_out    = 0;
                set_pc_out   = 0;
                inc_pc_out   = 0;
                set_ir_out   = 0;
                set_ccr_out  = 0;

                //M selected
                addr_mux_out = 1;

                //ALU->Logical XOR
                alu_op_out   = OP_ALU_XOR;

                //Dont write or drive
                we_out       = 0;
                drive_out    = 0;
            end

            //Latch data to A/CCR
            S_XOR_DIR_3: begin
                //Latch A and CCR
                set_a_out    = 1;
                set_m_out    = 0;
                set_pc_out   = 0;
                inc_pc_out   = 0;
                set_ir_out   = 0;
                set_ccr_out  = 1;

                //M selected
                addr_mux_out = 1;

                //ALU->Logical XOR
                alu_op_out   = OP_ALU_XOR;

                //Dont write or drive
                we_out       = 0;
                drive_out    = 0;
            end

            //LSL_IMM sequence
            //-----

            //Add the incoming data from the operand that the PC is pointing to
            S_LSL_IMM_0: begin
                //Dont set or inc any registers
                set_a_out    = 0;
                set_m_out    = 0;
                set_pc_out   = 0;
                inc_pc_out   = 0;
                set_ir_out   = 0;
                set_ccr_out  = 0;

                //PC selected
                addr_mux_out = 0;

                //ALU->Logical Shift Left
                alu_op_out   = OP_ALU_LSL;

                //Dont write or drive
                we_out       = 0;
                drive_out    = 0;
            end

            //Latch data to A/CCR
            S_LSL_IMM_1: begin
                //Latch A and CCR
                set_a_out    = 1;
                set_m_out    = 0;
                set_pc_out   = 0;
                inc_pc_out   = 0;
                set_ir_out   = 0;
                set_ccr_out  = 1;

                //PC selected
                addr_mux_out = 0;

                //ALU->Logical Shift Left
                alu_op_out   = OP_ALU_LSL;

                //Dont write or drive
                we_out       = 0;
                drive_out    = 0;
            end

            //LSL_DIR sequence
            //-----

            //Pass incoming data from memory to the main buss
            S_LSL_DIR_0: begin
                //Dont set or inc any registers
                set_a_out    = 0;
                set_m_out    = 0;
                set_pc_out   = 0;
                inc_pc_out   = 0;
                set_ir_out   = 0;
                set_ccr_out  = 0;

                //PC selected
                addr_mux_out = 0;

                //B (mem input) passthrough to main bus
                alu_op_out   = OP_ALU_PASSB;

                //Dont write
                we_out       = 0;
                drive_out    = 0;
            end

            //Latch data to M
            S_LSL_DIR_1: begin
                //Latch M
                set_a_out    = 0;
                set_m_out    = 1;
                set_pc_out   = 0;
                inc_pc_out   = 0;
                set_ir_out   = 0;
                set_ccr_out  = 0;

                //PC selected
                addr_mux_out = 0;

                //B (mem input) passthrough to main bus
                alu_op_out   = OP_ALU_PASSB;

                //Dont write or drive
                we_out       = 0;
                drive_out    = 0;
            end

            //Set addr out to M and prep to add incoming data
            S_LSL_DIR_2: begin
                //Dont set or inc any registers
                set_a_out    = 0;
                set_m_out    = 0;
                set_pc_out   = 0;
                inc_pc_out   = 0;
                set_ir_out   = 0;
                set_ccr_out  = 0;

                //M selected
                addr_mux_out = 1;

                //ALU->Logical Shift Left
                alu_op_out   = OP_ALU_LSL;

                //Dont write or drive
                we_out       = 0;
                drive_out    = 0;
            end

            //Latch data to A/CCR
            S_LSL_DIR_3: begin
                //Latch A and CCR
                set_a_out    = 1;
                set_m_out    = 0;
                set_pc_out   = 0;
                inc_pc_out   = 0;
                set_ir_out   = 0;
                set_ccr_out  = 1;

                //M selected
                addr_mux_out = 1;

                //ALU->Logical Shift Left
                alu_op_out   = OP_ALU_LSL;

                //Dont write or drive
                we_out       = 0;
                drive_out    = 0;
            end

            //LSR_IMM sequence
            //-----

            //Add the incoming data from the operand that the PC is pointing to
            S_LSR_IMM_0: begin
                //Dont set or inc any registers
                set_a_out    = 0;
                set_m_out    = 0;
                set_pc_out   = 0;
                inc_pc_out   = 0;
                set_ir_out   = 0;
                set_ccr_out  = 0;

                //PC selected
                addr_mux_out = 0;

                //ALU->Logical Shift Right
                alu_op_out   = OP_ALU_LSR;

                //Dont write or drive
                we_out       = 0;
                drive_out    = 0;
            end

            //Latch data to A/CCR
            S_LSR_IMM_1: begin
                //Latch A and CCR
                set_a_out    = 1;
                set_m_out    = 0;
                set_pc_out   = 0;
                inc_pc_out   = 0;
                set_ir_out   = 0;
                set_ccr_out  = 1;

                //PC selected
                addr_mux_out = 0;

                //ALU->Logical Shift Right
                alu_op_out   = OP_ALU_LSR;

                //Dont write or drive
                we_out       = 0;
                drive_out    = 0;
            end

            //LSR_DIR sequence
            //-----

            //Pass incoming data from memory to the main buss
            S_LSR_DIR_0: begin
                //Dont set or inc any registers
                set_a_out    = 0;
                set_m_out    = 0;
                set_pc_out   = 0;
                inc_pc_out   = 0;
                set_ir_out   = 0;
                set_ccr_out  = 0;

                //PC selected
                addr_mux_out = 0;

                //B (mem input) passthrough to main bus
                alu_op_out   = OP_ALU_PASSB;

                //Dont write
                we_out       = 0;
                drive_out    = 0;
            end

            //Latch data to M
            S_LSR_DIR_1: begin
                //Latch M
                set_a_out    = 0;
                set_m_out    = 1;
                set_pc_out   = 0;
                inc_pc_out   = 0;
                set_ir_out   = 0;
                set_ccr_out  = 0;

                //PC selected
                addr_mux_out = 0;

                //B (mem input) passthrough to main bus
                alu_op_out   = OP_ALU_PASSB;

                //Dont write or drive
                we_out       = 0;
                drive_out    = 0;
            end

            //Set addr out to M and prep to add incoming data
            S_LSR_DIR_2: begin
                //Dont set or inc any registers
                set_a_out    = 0;
                set_m_out    = 0;
                set_pc_out   = 0;
                inc_pc_out   = 0;
                set_ir_out   = 0;
                set_ccr_out  = 0;

                //M selected
                addr_mux_out = 1;

                //ALU->Logical Shift Right
                alu_op_out   = OP_ALU_LSR;

                //Dont write or drive
                we_out       = 0;
                drive_out    = 0;
            end

            //Latch data to A/CCR
            S_LSR_DIR_3: begin
                //Latch A and CCR
                set_a_out    = 1;
                set_m_out    = 0;
                set_pc_out   = 0;
                inc_pc_out   = 0;
                set_ir_out   = 0;
                set_ccr_out  = 1;

                //M selected
                addr_mux_out = 1;

                //ALU->Logical Shift Right
                alu_op_out   = OP_ALU_LSR;

                //Dont write or drive
                we_out       = 0;
                drive_out    = 0;
            end

            //ASL_IMM sequence
            //-----

            //Add the incoming data from the operand that the PC is pointing to
            S_ASL_IMM_0: begin
                //Dont set or inc any registers
                set_a_out    = 0;
                set_m_out    = 0;
                set_pc_out   = 0;
                inc_pc_out   = 0;
                set_ir_out   = 0;
                set_ccr_out  = 0;

                //PC selected
                addr_mux_out = 0;

                //ALU->Arithmetic Shift Left
                alu_op_out   = OP_ALU_ASL;

                //Dont write or drive
                we_out       = 0;
                drive_out    = 0;
            end

            //Latch data to A/CCR
            S_ASL_IMM_1: begin
                //Latch A and CCR
                set_a_out    = 1;
                set_m_out    = 0;
                set_pc_out   = 0;
                inc_pc_out   = 0;
                set_ir_out   = 0;
                set_ccr_out  = 1;

                //PC selected
                addr_mux_out = 0;

                //ALU->Arithmetic Shift Left
                alu_op_out   = OP_ALU_ASL;

                //Dont write or drive
                we_out       = 0;
                drive_out    = 0;
            end

            //ASL_DIR sequence
            //-----

            //Pass incoming data from memory to the main buss
            S_ASL_DIR_0: begin
                //Dont set or inc any registers
                set_a_out    = 0;
                set_m_out    = 0;
                set_pc_out   = 0;
                inc_pc_out   = 0;
                set_ir_out   = 0;
                set_ccr_out  = 0;

                //PC selected
                addr_mux_out = 0;

                //B (mem input) passthrough to main bus
                alu_op_out   = OP_ALU_PASSB;

                //Dont write
                we_out       = 0;
                drive_out    = 0;
            end

            //Latch data to M
            S_ASL_DIR_1: begin
                //Latch M
                set_a_out    = 0;
                set_m_out    = 1;
                set_pc_out   = 0;
                inc_pc_out   = 0;
                set_ir_out   = 0;
                set_ccr_out  = 0;

                //PC selected
                addr_mux_out = 0;

                //B (mem input) passthrough to main bus
                alu_op_out   = OP_ALU_PASSB;

                //Dont write or drive
                we_out       = 0;
                drive_out    = 0;
            end

            //Set addr out to M and prep to add incoming data
            S_ASL_DIR_2: begin
                //Dont set or inc any registers
                set_a_out    = 0;
                set_m_out    = 0;
                set_pc_out   = 0;
                inc_pc_out   = 0;
                set_ir_out   = 0;
                set_ccr_out  = 0;

                //M selected
                addr_mux_out = 1;

                //ALU->Arithmetic Shift Left
                alu_op_out   = OP_ALU_ASL;

                //Dont write or drive
                we_out       = 0;
                drive_out    = 0;
            end

            //Latch data to A/CCR
            S_ASL_DIR_3: begin
                //Latch A and CCR
                set_a_out    = 1;
                set_m_out    = 0;
                set_pc_out   = 0;
                inc_pc_out   = 0;
                set_ir_out   = 0;
                set_ccr_out  = 1;

                //M selected
                addr_mux_out = 1;

                //ALU->Arithmetic Shift Left
                alu_op_out   = OP_ALU_ASL;

                //Dont write or drive
                we_out       = 0;
                drive_out    = 0;
            end

            //ASR_IMM sequence
            //-----

            //Add the incoming data from the operand that the PC is pointing to
            S_ASR_IMM_0: begin
                //Dont set or inc any registers
                set_a_out    = 0;
                set_m_out    = 0;
                set_pc_out   = 0;
                inc_pc_out   = 0;
                set_ir_out   = 0;
                set_ccr_out  = 0;

                //PC selected
                addr_mux_out = 0;

                //ALU->Arithmetic Shift Right
                alu_op_out   = OP_ALU_ASR;

                //Dont write or drive
                we_out       = 0;
                drive_out    = 0;
            end

            //Latch data to A/CCR
            S_ASR_IMM_1: begin
                //Latch A and CCR
                set_a_out    = 1;
                set_m_out    = 0;
                set_pc_out   = 0;
                inc_pc_out   = 0;
                set_ir_out   = 0;
                set_ccr_out  = 1;

                //PC selected
                addr_mux_out = 0;

                //ALU->Arithmetic Shift Right
                alu_op_out   = OP_ALU_ASR;

                //Dont write or drive
                we_out       = 0;
                drive_out    = 0;
            end

            //ASR_DIR sequence
            //-----

            //Pass incoming data from memory to the main buss
            S_ASR_DIR_0: begin
                //Dont set or inc any registers
                set_a_out    = 0;
                set_m_out    = 0;
                set_pc_out   = 0;
                inc_pc_out   = 0;
                set_ir_out   = 0;
                set_ccr_out  = 0;

                //PC selected
                addr_mux_out = 0;

                //B (mem input) passthrough to main bus
                alu_op_out   = OP_ALU_PASSB;

                //Dont write
                we_out       = 0;
                drive_out    = 0;
            end

            //Latch data to M
            S_ASR_DIR_1: begin
                //Latch M
                set_a_out    = 0;
                set_m_out    = 1;
                set_pc_out   = 0;
                inc_pc_out   = 0;
                set_ir_out   = 0;
                set_ccr_out  = 0;

                //PC selected
                addr_mux_out = 0;

                //B (mem input) passthrough to main bus
                alu_op_out   = OP_ALU_PASSB;

                //Dont write or drive
                we_out       = 0;
                drive_out    = 0;
            end

            //Set addr out to M and prep to add incoming data
            S_ASR_DIR_2: begin
                //Dont set or inc any registers
                set_a_out    = 0;
                set_m_out    = 0;
                set_pc_out   = 0;
                inc_pc_out   = 0;
                set_ir_out   = 0;
                set_ccr_out  = 0;

                //M selected
                addr_mux_out = 1;

                //ALU->Arithmetic Shift Right
                alu_op_out   = OP_ALU_ASR;

                //Dont write or drive
                we_out       = 0;
                drive_out    = 0;
            end

            //Latch data to A/CCR
            S_ASR_DIR_3: begin
                //Latch A and CCR
                set_a_out    = 1;
                set_m_out    = 0;
                set_pc_out   = 0;
                inc_pc_out   = 0;
                set_ir_out   = 0;
                set_ccr_out  = 1;

                //M selected
                addr_mux_out = 1;

                //ALU->Arithmetic Shift Right
                alu_op_out   = OP_ALU_ASR;

                //Dont write or drive
                we_out       = 0;
                drive_out    = 0;
            end

            //RSL_IMM sequence
            //-----

            //Add the incoming data from the operand that the PC is pointing to
            S_RSL_IMM_0: begin
                //Dont set or inc any registers
                set_a_out    = 0;
                set_m_out    = 0;
                set_pc_out   = 0;
                inc_pc_out   = 0;
                set_ir_out   = 0;
                set_ccr_out  = 0;

                //PC selected
                addr_mux_out = 0;

                //ALU->Rotary Shift Left
                alu_op_out   = OP_ALU_RSL;

                //Dont write or drive
                we_out       = 0;
                drive_out    = 0;
            end

            //Latch data to A/CCR
            S_RSL_IMM_1: begin
                //Latch A and CCR
                set_a_out    = 1;
                set_m_out    = 0;
                set_pc_out   = 0;
                inc_pc_out   = 0;
                set_ir_out   = 0;
                set_ccr_out  = 1;

                //PC selected
                addr_mux_out = 0;

                //ALU->Rotary Shift Left
                alu_op_out   = OP_ALU_RSL;

                //Dont write or drive
                we_out       = 0;
                drive_out    = 0;
            end

            //RSL_DIR sequence
            //-----

            //Pass incoming data from memory to the main buss
            S_RSL_DIR_0: begin
                //Dont set or inc any registers
                set_a_out    = 0;
                set_m_out    = 0;
                set_pc_out   = 0;
                inc_pc_out   = 0;
                set_ir_out   = 0;
                set_ccr_out  = 0;

                //PC selected
                addr_mux_out = 0;

                //B (mem input) passthrough to main bus
                alu_op_out   = OP_ALU_PASSB;

                //Dont write
                we_out       = 0;
                drive_out    = 0;
            end

            //Latch data to M
            S_RSL_DIR_1: begin
                //Latch M
                set_a_out    = 0;
                set_m_out    = 1;
                set_pc_out   = 0;
                inc_pc_out   = 0;
                set_ir_out   = 0;
                set_ccr_out  = 0;

                //PC selected
                addr_mux_out = 0;

                //B (mem input) passthrough to main bus
                alu_op_out   = OP_ALU_PASSB;

                //Dont write or drive
                we_out       = 0;
                drive_out    = 0;
            end

            //Set addr out to M and prep to add incoming data
            S_RSL_DIR_2: begin
                //Dont set or inc any registers
                set_a_out    = 0;
                set_m_out    = 0;
                set_pc_out   = 0;
                inc_pc_out   = 0;
                set_ir_out   = 0;
                set_ccr_out  = 0;

                //M selected
                addr_mux_out = 1;

                //ALU->Rotary Shift Left
                alu_op_out   = OP_ALU_RSL;

                //Dont write or drive
                we_out       = 0;
                drive_out    = 0;
            end

            //Latch data to A/CCR
            S_RSL_DIR_3: begin
                //Latch A and CCR
                set_a_out    = 1;
                set_m_out    = 0;
                set_pc_out   = 0;
                inc_pc_out   = 0;
                set_ir_out   = 0;
                set_ccr_out  = 1;

                //M selected
                addr_mux_out = 1;

                //ALU->Rotary Shift Left
                alu_op_out   = OP_ALU_RSL;

                //Dont write or drive
                we_out       = 0;
                drive_out    = 0;
            end

            //RSR_IMM sequence
            //-----

            //Add the incoming data from the operand that the PC is pointing to
            S_RSR_IMM_0: begin
                //Dont set or inc any registers
                set_a_out    = 0;
                set_m_out    = 0;
                set_pc_out   = 0;
                inc_pc_out   = 0;
                set_ir_out   = 0;
                set_ccr_out  = 0;

                //PC selected
                addr_mux_out = 0;

                //ALU->Rotary Shift Right
                alu_op_out   = OP_ALU_RSR;

                //Dont write or drive
                we_out       = 0;
                drive_out    = 0;
            end

            //Latch data to A/CCR
            S_RSR_IMM_1: begin
                //Latch A and CCR
                set_a_out    = 1;
                set_m_out    = 0;
                set_pc_out   = 0;
                inc_pc_out   = 0;
                set_ir_out   = 0;
                set_ccr_out  = 1;

                //PC selected
                addr_mux_out = 0;

                //ALU->Rotary Shift Right
                alu_op_out   = OP_ALU_RSR;

                //Dont write or drive
                we_out       = 0;
                drive_out    = 0;
            end

            //RSR_DIR sequence
            //-----

            //Pass incoming data from memory to the main buss
            S_RSR_DIR_0: begin
                //Dont set or inc any registers
                set_a_out    = 0;
                set_m_out    = 0;
                set_pc_out   = 0;
                inc_pc_out   = 0;
                set_ir_out   = 0;
                set_ccr_out  = 0;

                //PC selected
                addr_mux_out = 0;

                //B (mem input) passthrough to main bus
                alu_op_out   = OP_ALU_PASSB;

                //Dont write
                we_out       = 0;
                drive_out    = 0;
            end

            //Latch data to M
            S_RSR_DIR_1: begin
                //Latch M
                set_a_out    = 0;
                set_m_out    = 1;
                set_pc_out   = 0;
                inc_pc_out   = 0;
                set_ir_out   = 0;
                set_ccr_out  = 0;

                //PC selected
                addr_mux_out = 0;

                //B (mem input) passthrough to main bus
                alu_op_out   = OP_ALU_PASSB;

                //Dont write or drive
                we_out       = 0;
                drive_out    = 0;
            end

            //Set addr out to M and prep to add incoming data
            S_RSR_DIR_2: begin
                //Dont set or inc any registers
                set_a_out    = 0;
                set_m_out    = 0;
                set_pc_out   = 0;
                inc_pc_out   = 0;
                set_ir_out   = 0;
                set_ccr_out  = 0;

                //M selected
                addr_mux_out = 1;

                //ALU->Rotary Shift Right
                alu_op_out   = OP_ALU_RSR;

                //Dont write or drive
                we_out       = 0;
                drive_out    = 0;
            end

            //Latch data to A/CCR
            S_RSR_DIR_3: begin
                //Latch A and CCR
                set_a_out    = 1;
                set_m_out    = 0;
                set_pc_out   = 0;
                inc_pc_out   = 0;
                set_ir_out   = 0;
                set_ccr_out  = 1;

                //M selected
                addr_mux_out = 1;

                //ALU->Rotary Shift Right
                alu_op_out   = OP_ALU_RSR;

                //Dont write or drive
                we_out       = 0;
                drive_out    = 0;
            end

            //JMP_DIR sequence
            //-----

            //Pass incoming data from memory to the main buss
            S_JMP_DIR_0: begin
                //Dont set or inc any registers
                set_a_out    = 0;
                set_m_out    = 0;
                set_pc_out   = 0;
                inc_pc_out   = 0;
                set_ir_out   = 0;
                set_ccr_out  = 0;

                //PC selected
                addr_mux_out = 0;

                //B (mem input) passthrough to main bus
                alu_op_out   = OP_ALU_PASSB;

                //Dont write or drive
                we_out       = 0;
                drive_out    = 0;
            end

            //Latch data to PC
            S_JMP_DIR_1: begin
                //Latch PC
                set_a_out    = 0;
                set_m_out    = 0;
                set_pc_out   = 1;
                inc_pc_out   = 0;
                set_ir_out   = 0;
                set_ccr_out  = 0;

                //PC selected
                addr_mux_out = 0;

                //B (mem input) passthrough to main bus
                alu_op_out   = OP_ALU_PASSB;

                //Dont write or drive
                we_out       = 0;
                drive_out    = 0;
            end

            //JMP_IND sequence
            //-----

            //Pass incoming data from memory to the main buss
            S_JMP_IND_0: begin
                //Dont set or inc any registers
                set_a_out    = 0;
                set_m_out    = 0;
                set_pc_out   = 0;
                inc_pc_out   = 0;
                set_ir_out   = 0;
                set_ccr_out  = 0;

                //PC selected
                addr_mux_out = 0;

                //B (mem input) passthrough to main bus
                alu_op_out   = OP_ALU_PASSB;

                //Dont write or drive
                we_out       = 0;
                drive_out    = 0;
            end

            //Latch data to M
            S_JMP_IND_1: begin
                //Latch M
                set_a_out    = 0;
                set_m_out    = 1;
                set_pc_out   = 0;
                inc_pc_out   = 0;
                set_ir_out   = 0;
                set_ccr_out  = 0;

                //PC selected
                addr_mux_out = 0;

                //B (mem input) passthrough to main bus
                alu_op_out   = OP_ALU_PASSB;

                //Dont write or drive
                we_out       = 0;
                drive_out    = 0;
            end

            //Set addr out to M
            S_JMP_IND_2: begin
                //Dont set or inc any registers
                set_a_out    = 0;
                set_m_out    = 0;
                set_pc_out   = 0;
                inc_pc_out   = 0;
                set_ir_out   = 0;
                set_ccr_out  = 0;

                //M selected
                addr_mux_out = 1;

                //B (mem input) passthrough to main bus
                alu_op_out   = OP_ALU_PASSB;

                //Dont write or drive
                we_out       = 0;
                drive_out    = 0;
            end

            //Latch data to PC
            S_JMP_IND_3: begin
                //Latch PC
                set_a_out    = 0;
                set_m_out    = 0;
                set_pc_out   = 1;
                inc_pc_out   = 0;
                set_ir_out   = 0;
                set_ccr_out  = 0;

                //M selected
                addr_mux_out = 1;

                //B (mem input) passthrough to main bus
                alu_op_out   = OP_ALU_PASSB;

                //Dont write or drive
                we_out       = 0;
                drive_out    = 0;
            end

            //Default (INVALID) sequence
            //-----
            default: begin
                //Dont set or inc any registers
                set_a_out    = 0;
                set_m_out    = 0;
                set_pc_out   = 0;
                inc_pc_out   = 0;
                set_ir_out   = 0;
                set_ccr_out  = 0;

                //PC selected
                addr_mux_out = 0;

                //ALU dont care
                alu_op_out   = 0;

                //Dont write or drive
                we_out       = 0;
                drive_out    = 0;
            end

        endcase
    end


    //Next state logic
    //--------------------------
    always @ (curr_state, ir_op_buss_in, ccr_flag_zn_in, halt_in) begin
        //DFT Output
        dft_curr_state = curr_state;

        //Next state logic
        case(curr_state)
            //Reset sequence (skips PC increment on boot)
            S_RESET_0: next_state = S_FETCH_0;

            //PC Increment
            S_PC_INC_0: next_state = S_FETCH_0;

            //Fetch sequence
            S_FETCH_0: begin
                if(halt_in == 1)
                    next_state = S_FETCH_0; //Remain in S_FETCH_0 forever if halt is asserted
                else
                    next_state = S_FETCH_1; //Otherwise continue fetching this instruction
            end

            S_FETCH_1: next_state = S_FETCH_2;
            S_FETCH_2: next_state = S_DECODE_0;

            //Decode IR Opcode
            S_DECODE_0: begin
                case(ir_op_buss_in)
                    //IR_NOP (does nothing)
                    IR_NOP: next_state = S_FETCH_0;

                    //IR_LDA_IMM (load immediate value to A)
                    IR_LDA_IMM: next_state = S_LDA_IMM_0;

                    //IR_LDA_DIR (load direct value to A)
                    IR_LDA_DIR: next_state = S_LDA_DIR_0;

                    //IR_STA_DIR (store A at direct address)
                    IR_STA_DIR: next_state = S_STA_DIR_0;

                    //IR_STA_IND (store A at indirect address)
                    IR_STA_IND: next_state = S_STA_IND_0;

                    //IR_ADD_IMM (add immediate value to A)
                    IR_ADD_IMM: next_state = S_ADD_IMM_0;

                    //IR_ADD_DIR (add direct value to A)
                    IR_ADD_DIR: next_state = S_ADD_DIR_0;

                    //IR_SUB_IMM (subtract immediate value from A)
                    IR_SUB_IMM: next_state = S_SUB_IMM_0;

                    //IR_SUB_DIR (subtract direct value from A)
                    IR_SUB_DIR: next_state = S_SUB_DIR_0;

                    //IR_AND_IMM (logical AND immediate value with A)
                    IR_AND_IMM: next_state = S_AND_IMM_0;

                    //IR_AND_DIR (logical AND direct value with A)
                    IR_AND_DIR: next_state = S_AND_DIR_0;

                    //IR_OR_IMM (logical OR immediate value with A)
                    IR_OR_IMM: next_state = S_OR_IMM_0;

                    //IR_OR_DIR (logical OR direct value with A)
                    IR_OR_DIR: next_state = S_OR_DIR_0;

                    //IR_XOR_IMM (logical XOR immediate value with A)
                    IR_XOR_IMM: next_state = S_XOR_IMM_0;

                    //IR_XOR_DIR (logical XOR direct value with A)
                    IR_XOR_DIR: next_state = S_XOR_DIR_0;

                    //IR_LSL_IMM (logical left shift immediate value with A)
                    IR_LSL_IMM: next_state = S_LSL_IMM_0;

                    //IR_LSL_DIR (logical left shift direct value with A)
                    IR_LSL_DIR: next_state = S_LSL_DIR_0;

                    //IR_LSR_IMM (logical right shift immediate value with A)
                    IR_LSR_IMM: next_state = S_LSR_IMM_0;

                    //IR_LSR_DIR (logical right shift direct value with A)
                    IR_LSR_DIR: next_state = S_LSR_DIR_0;

                    //IR_ASL_IMM (arithmetic left shift immediate value with A)
                    IR_ASL_IMM: next_state = S_ASL_IMM_0;

                    //IR_ASL_DIR (arithmetic left shift direct value with A)
                    IR_ASL_DIR: next_state = S_ASL_DIR_0;

                    //IR_ASR_IMM (arithmetic right shift immediate value with A)
                    IR_ASR_IMM: next_state = S_ASR_IMM_0;

                    //IR_ASR_DIR (arithmetic right shift direct value with A)
                    IR_ASR_DIR: next_state = S_ASR_DIR_0;

                    //IR_RSL_IMM (rotary left shift immediate value with A)
                    IR_RSL_IMM: next_state = S_RSL_IMM_0;

                    //IR_RSL_DIR (rotary left shift direct value with A)
                    IR_RSL_DIR: next_state = S_RSL_DIR_0;

                    //IR_RSR_IMM (rotary right shift immediate value with A)
                    IR_RSR_IMM: next_state = S_RSR_IMM_0;

                    //IR_RSR_DIR (rotary right shift direct value with A)
                    IR_RSR_DIR: next_state = S_RSR_DIR_0;

                    //IR_JMP_DIR (load direct value to PC)
                    IR_JMP_DIR: next_state = S_JMP_DIR_0;

                    //IR_LDA_DIR (load indirect value to PC)
                    IR_JMP_IND: next_state = S_JMP_IND_0;

                    //IR_BNE_DIR (banch if z clear direct)
                    IR_BNE_DIR: begin
                        if(ccr_flag_zn_in[1] == 0)
                            next_state = S_JMP_DIR_0;
                        else
                            next_state = S_PC_INC_0;
                    end

                    //IR_BNE_IND (banch if z clear indirect)
                    IR_BNE_IND: begin
                        if(ccr_flag_zn_in[1] == 0)
                            next_state = S_JMP_IND_0;
                        else
                            next_state = S_PC_INC_0;
                    end

                    //IR_BEQ_DIR (banch if z set direct)
                    IR_BEQ_DIR: begin
                        if(ccr_flag_zn_in[1] == 1)
                            next_state = S_JMP_DIR_0;
                        else
                            next_state = S_PC_INC_0;
                    end

                    //IR_BEQ_IND (banch if z set indirect)
                    IR_BEQ_IND: begin
                        if(ccr_flag_zn_in[1] == 1)
                            next_state = S_JMP_IND_0;
                        else
                            next_state = S_PC_INC_0;
                    end

                    //IR_BPL_DIR (banch if n clear direct)
                    IR_BPL_DIR: begin
                        if(ccr_flag_zn_in[0] == 0)
                            next_state = S_JMP_DIR_0;
                        else
                            next_state = S_PC_INC_0;
                    end

                    //IR_BPL_IND (banch if n clear indirect)
                    IR_BPL_IND: begin
                        if(ccr_flag_zn_in[0] == 0)
                            next_state = S_JMP_IND_0;
                        else
                            next_state = S_PC_INC_0;
                    end

                    //IR_BMI_DIR (banch if n set direct)
                    IR_BMI_DIR: begin
                        if(ccr_flag_zn_in[0] == 1)
                            next_state = S_JMP_DIR_0;
                        else
                            next_state = S_PC_INC_0;
                    end

                    //IR_BMI_IND (banch if n set indirect)
                    IR_BMI_IND: begin
                        if(ccr_flag_zn_in[0] == 1)
                            next_state = S_JMP_IND_0;
                        else
                            next_state = S_PC_INC_0;
                    end

                    //Invalid IR, goto fetch_0
                    default: next_state = S_FETCH_0;

                endcase
            end

            //LDA_IMM sequence
            S_LDA_IMM_0: next_state = S_LDA_IMM_1;
            S_LDA_IMM_1: next_state = S_PC_INC_0;

            //LDA_DIR sequence
            S_LDA_DIR_0: next_state = S_LDA_DIR_1;
            S_LDA_DIR_1: next_state = S_LDA_DIR_2;
            S_LDA_DIR_2: next_state = S_LDA_DIR_3;
            S_LDA_DIR_3: next_state = S_PC_INC_0;

            //STA_DIR sequence
            S_STA_DIR_0: next_state = S_STA_DIR_1;
            S_STA_DIR_1: next_state = S_STA_DIR_2;
            S_STA_DIR_2: next_state = S_STA_DIR_3;
            S_STA_DIR_3: next_state = S_PC_INC_0;

            //STA_IND sequence
            S_STA_IND_0: next_state = S_STA_IND_1;
            S_STA_IND_1: next_state = S_STA_IND_2;
            S_STA_IND_2: next_state = S_STA_IND_3;
            S_STA_IND_3: next_state = S_STA_IND_4;
            S_STA_IND_4: next_state = S_STA_IND_5;
            S_STA_IND_5: next_state = S_PC_INC_0;

            //ADD_IMM sequence
            S_ADD_IMM_0: next_state = S_ADD_IMM_1;
            S_ADD_IMM_1: next_state = S_PC_INC_0;

            //ADD_DIR sequence
            S_ADD_DIR_0: next_state = S_ADD_DIR_1;
            S_ADD_DIR_1: next_state = S_ADD_DIR_2;
            S_ADD_DIR_2: next_state = S_ADD_DIR_3;
            S_ADD_DIR_3: next_state = S_PC_INC_0;

            //SUB_IMM sequence
            S_SUB_IMM_0: next_state = S_SUB_IMM_1;
            S_SUB_IMM_1: next_state = S_PC_INC_0;

            //SUB_DIR sequence
            S_SUB_DIR_0: next_state = S_SUB_DIR_1;
            S_SUB_DIR_1: next_state = S_SUB_DIR_2;
            S_SUB_DIR_2: next_state = S_SUB_DIR_3;
            S_SUB_DIR_3: next_state = S_PC_INC_0;

            //AND_IMM sequence
            S_AND_IMM_0: next_state = S_AND_IMM_1;
            S_AND_IMM_1: next_state = S_PC_INC_0;

            //AND_DIR sequence
            S_AND_DIR_0: next_state = S_AND_DIR_1;
            S_AND_DIR_1: next_state = S_AND_DIR_2;
            S_AND_DIR_2: next_state = S_AND_DIR_3;
            S_AND_DIR_3: next_state = S_PC_INC_0;

            //OR_IMM sequence
            S_OR_IMM_0: next_state = S_OR_IMM_1;
            S_OR_IMM_1: next_state = S_PC_INC_0;

            //OR_DIR sequence
            S_OR_DIR_0: next_state = S_OR_DIR_1;
            S_OR_DIR_1: next_state = S_OR_DIR_2;
            S_OR_DIR_2: next_state = S_OR_DIR_3;
            S_OR_DIR_3: next_state = S_PC_INC_0;

            //XOR_IMM sequence
            S_XOR_IMM_0: next_state = S_XOR_IMM_1;
            S_XOR_IMM_1: next_state = S_PC_INC_0;

            //XOR_DIR sequence
            S_XOR_DIR_0: next_state = S_XOR_DIR_1;
            S_XOR_DIR_1: next_state = S_XOR_DIR_2;
            S_XOR_DIR_2: next_state = S_XOR_DIR_3;
            S_XOR_DIR_3: next_state = S_PC_INC_0;

            //LSL_IMM sequence
            S_LSL_IMM_0: next_state = S_LSL_IMM_1;
            S_LSL_IMM_1: next_state = S_PC_INC_0;

            //LSL_DIR sequence
            S_LSL_DIR_0: next_state = S_LSL_DIR_1;
            S_LSL_DIR_1: next_state = S_LSL_DIR_2;
            S_LSL_DIR_2: next_state = S_LSL_DIR_3;
            S_LSL_DIR_3: next_state = S_PC_INC_0;

            //LSR_IMM sequence
            S_LSR_IMM_0: next_state = S_LSR_IMM_1;
            S_LSR_IMM_1: next_state = S_PC_INC_0;

            //LSR_DIR sequence
            S_LSR_DIR_0: next_state = S_LSR_DIR_1;
            S_LSR_DIR_1: next_state = S_LSR_DIR_2;
            S_LSR_DIR_2: next_state = S_LSR_DIR_3;
            S_LSR_DIR_3: next_state = S_PC_INC_0;

            //ASL_IMM sequence
            S_ASL_IMM_0: next_state = S_ASL_IMM_1;
            S_ASL_IMM_1: next_state = S_PC_INC_0;

            //ASL_DIR sequence
            S_ASL_DIR_0: next_state = S_ASL_DIR_1;
            S_ASL_DIR_1: next_state = S_ASL_DIR_2;
            S_ASL_DIR_2: next_state = S_ASL_DIR_3;
            S_ASL_DIR_3: next_state = S_PC_INC_0;

            //ASR_IMM sequence
            S_ASR_IMM_0: next_state = S_ASR_IMM_1;
            S_ASR_IMM_1: next_state = S_PC_INC_0;

            //ASR_DIR sequence
            S_ASR_DIR_0: next_state = S_ASR_DIR_1;
            S_ASR_DIR_1: next_state = S_ASR_DIR_2;
            S_ASR_DIR_2: next_state = S_ASR_DIR_3;
            S_ASR_DIR_3: next_state = S_PC_INC_0;

            //RSL_IMM sequence
            S_RSL_IMM_0: next_state = S_RSL_IMM_1;
            S_RSL_IMM_1: next_state = S_PC_INC_0;

            //RSL_DIR sequence
            S_RSL_DIR_0: next_state = S_RSL_DIR_1;
            S_RSL_DIR_1: next_state = S_RSL_DIR_2;
            S_RSL_DIR_2: next_state = S_RSL_DIR_3;
            S_RSL_DIR_3: next_state = S_PC_INC_0;

            //RSR_IMM sequence
            S_RSR_IMM_0: next_state = S_RSR_IMM_1;
            S_RSR_IMM_1: next_state = S_PC_INC_0;

            //RSR_DIR sequence
            S_RSR_DIR_0: next_state = S_RSR_DIR_1;
            S_RSR_DIR_1: next_state = S_RSR_DIR_2;
            S_RSR_DIR_2: next_state = S_RSR_DIR_3;
            S_RSR_DIR_3: next_state = S_PC_INC_0;

            //JMP_DIR sequence
            S_JMP_DIR_0: next_state = S_JMP_DIR_1;
            S_JMP_DIR_1: next_state = S_FETCH_0;

            //JMP_IND sequence
            S_JMP_IND_0: next_state = S_JMP_IND_1;
            S_JMP_IND_1: next_state = S_JMP_IND_2;
            S_JMP_IND_2: next_state = S_JMP_IND_3;
            S_JMP_IND_3: next_state = S_FETCH_0;

            //Should never get here
            default:
                next_state = S_PC_INC_0;
        endcase
    end
endmodule